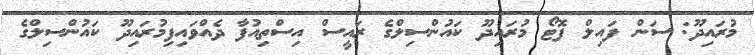
މުރައިދޫ: ސަން ފައިލް ފޮޓޯ މުރައިދޫ ކައުންސިލްގެ ރައީސް އިސްތިއުފާ ދެއްވައިފިމުރައިދޫ ކައުންސިލްގެ